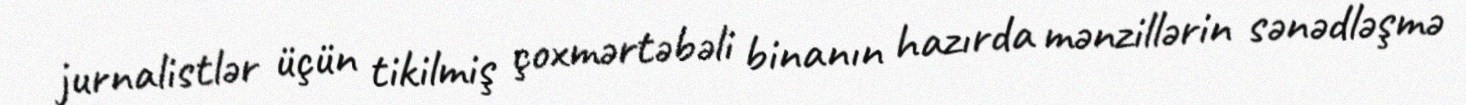
jurnalistlər üçün tikilmiş çoxmərtəbəli binanın hazırda mənzillərin sənədləşmə